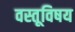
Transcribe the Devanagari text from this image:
वस्तूविषय